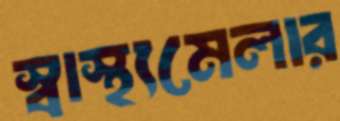
স্বাস্থ্যমেলার